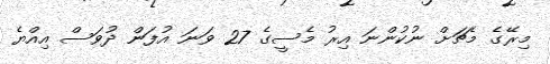
މިރޭގެ މެޗަށް ނުކުންނަ އިރު މެސީގެ 27 ވަނަ އުފަން ދުވަސް އިއްޔެ